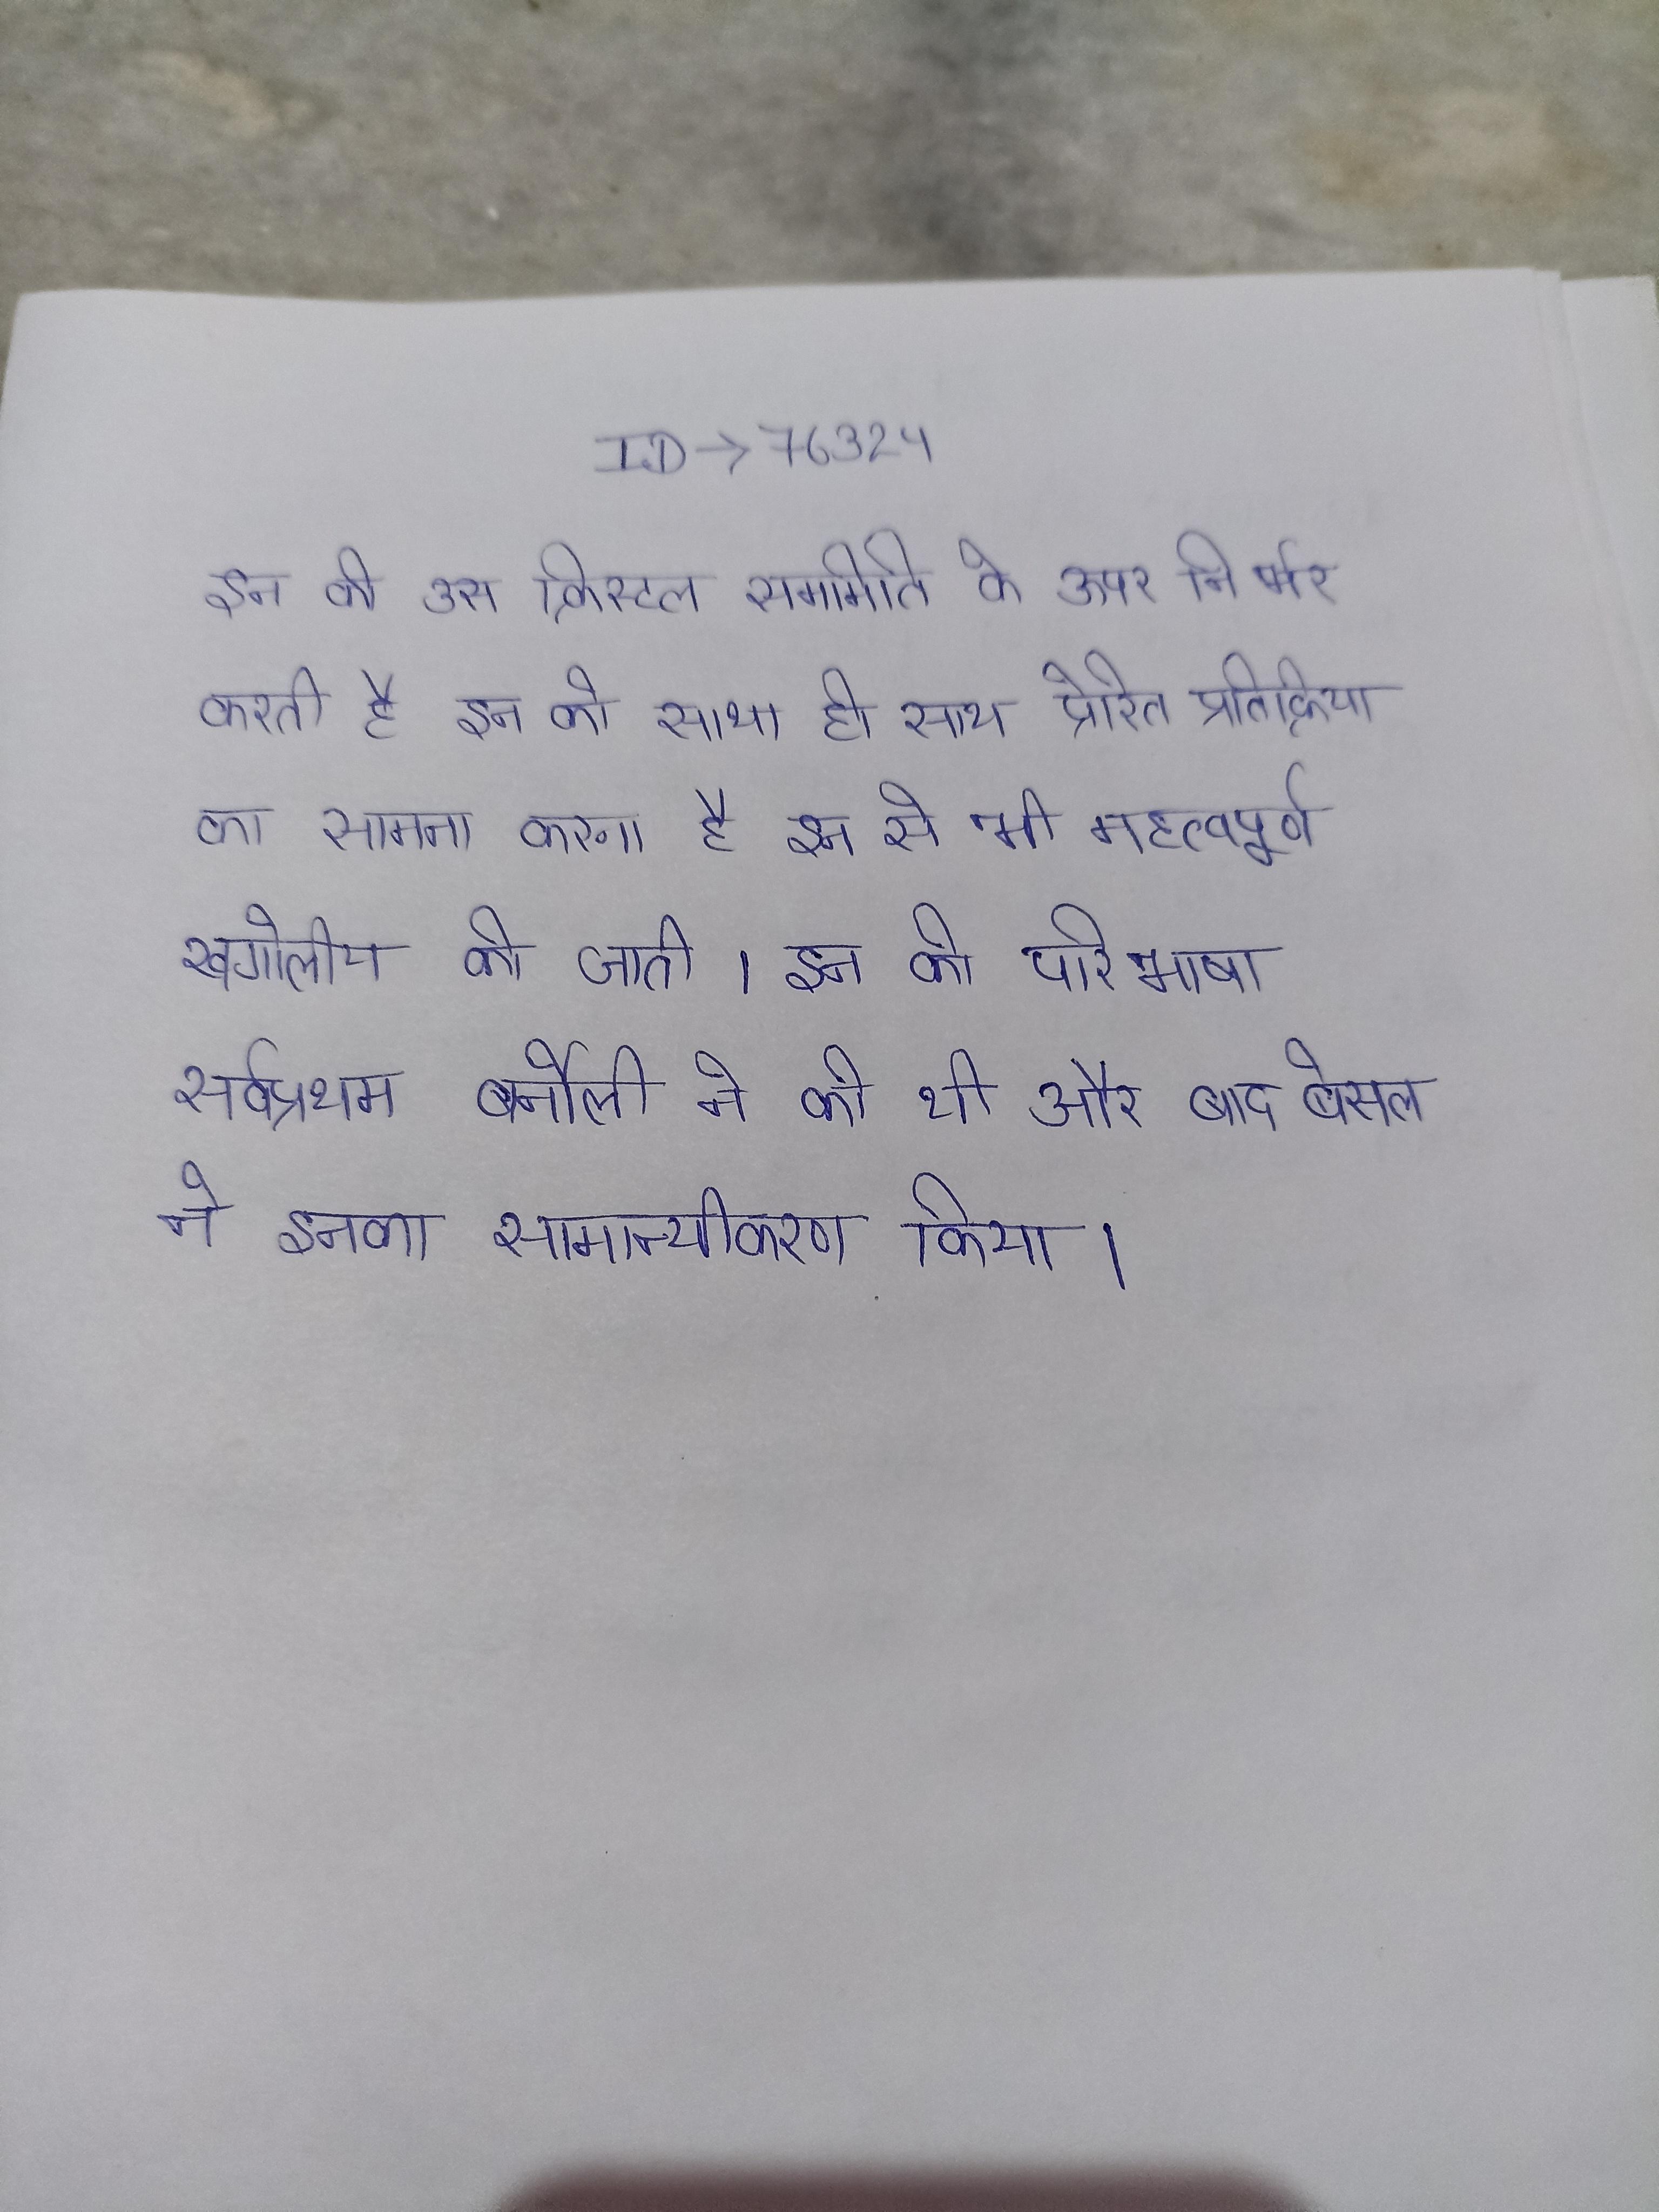
इन की उस क्रिस्टल सममिति के ऊपर निर्भर करती है । इन को साथ ही साथ प्रेरित प्रतिक्रिया का सामना करना है । इन से भी महत्वपूर्ण खगोलीय की जाती । इन की परिभाषा सर्वप्रथम बर्नौली ने की थी और बाद बेसल ने इनका सामान्यीकरण किया ।